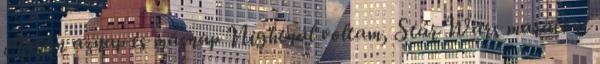
Aztán aznap és másnap Nightnál voltam, Star Wars maratont